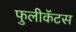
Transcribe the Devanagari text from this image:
फुलीकॅटस